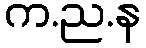
က.ည.န